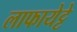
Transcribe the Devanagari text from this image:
लाफायेट्टे